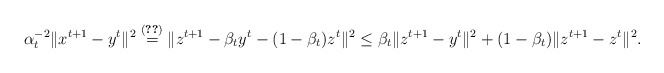
\begin{align*}\alpha_t^{-2}\|x^{t+1}-y^t\|^2 \overset{\eqref{l2-e3}}{=} \|z^{t+1}-\beta_t y^t - (1-\beta_t)z^t\|^2 \le \beta_t \|z^{t+1}-y^t\|^2 + (1-\beta_t)\|z^{t+1}-z^t\|^2.\end{align*}